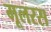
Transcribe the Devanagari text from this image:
मूलरस